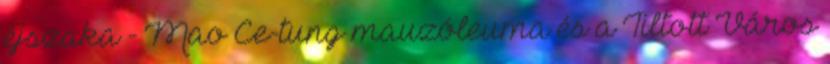
éjszaka - Mao Ce-tung mauzóleuma és a Tiltott Város